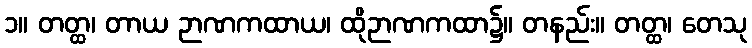
၁။ တတ္ထ၊ တာယ ဉာဏကထာယ၊ ထိုဉာဏကထာ၌။ တနည်း။ တတ္ထ၊ တေသု